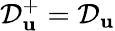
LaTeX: \mathcal{D}_{\mathbf{u}}^{+}=\mathcal{D}_{\mathbf{u}}